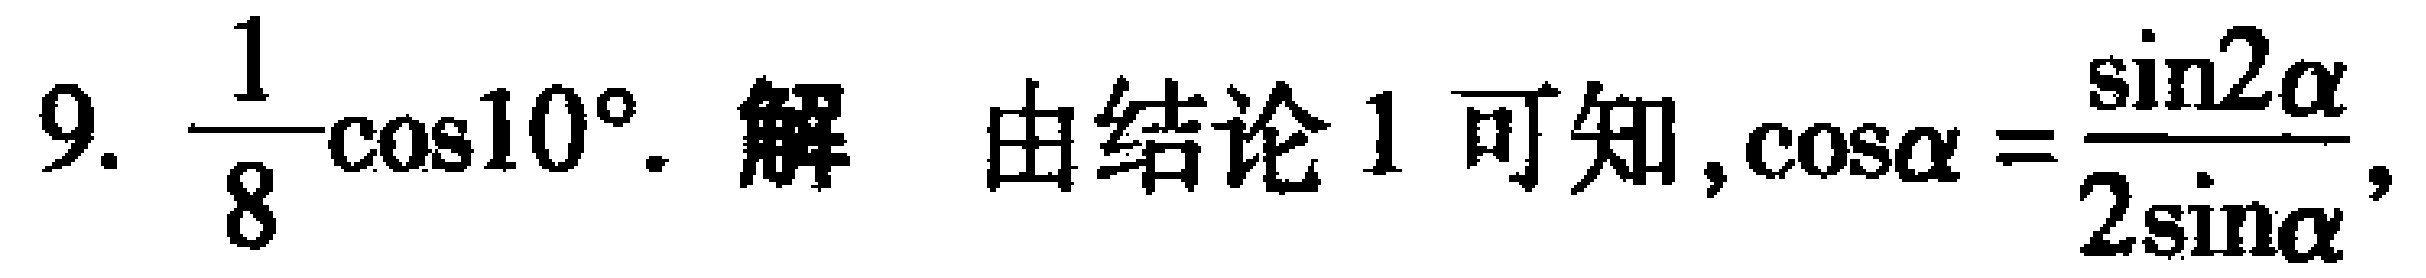
9. $\frac{1}{8}\cos10^{\circ}$. 解 由结论 1 可知, $\cos\alpha = \frac{\sin2\alpha}{2\sin\alpha}$,